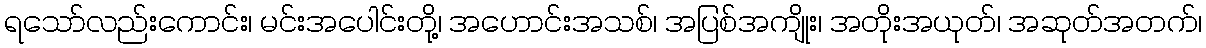
ရသော်လည်းကောင်း၊ မင်းအပေါင်းတို့၊ အဟောင်းအသစ်၊ အပြစ်အကျိုး၊ အတိုးအယုတ်၊ အဆုတ်အတက်၊